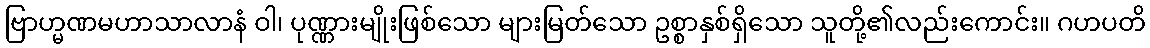
ဗြာဟ္မဏမဟာသာလာနံ ဝါ၊ ပုဏ္ဏားမျိုးဖြစ်သော များမြတ်သော ဥစ္စာနှစ်ရှိသော သူတို့၏လည်းကောင်း။ ဂဟပတိ